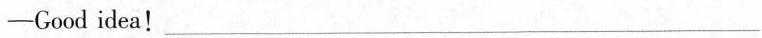
-Good idea! ___